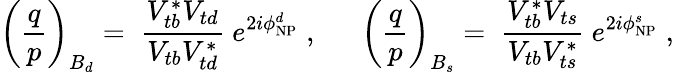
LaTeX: \left(\frac{q}{p}\right)_{B_{d}}=\; \frac{V_{tb}^{*}V_{td}}{V_{tb}V_{td}^{*}}~e^{2i\phi_{\mathrm{NP}}^{d}}\; ,~~~~~~\left(\frac{q}{p}\right)_{B_{s}}=\; \frac{V_{tb}^{*}V_{ts}}{V_{tb}V_{ts}^{*}}~e^{2i\phi_{\mathrm{NP}}^{s}}\; ,